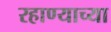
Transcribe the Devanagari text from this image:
रहाण्याच्या